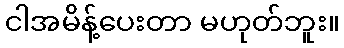
ငါအမိန့်ပေးတာ မဟုတ်ဘူး။